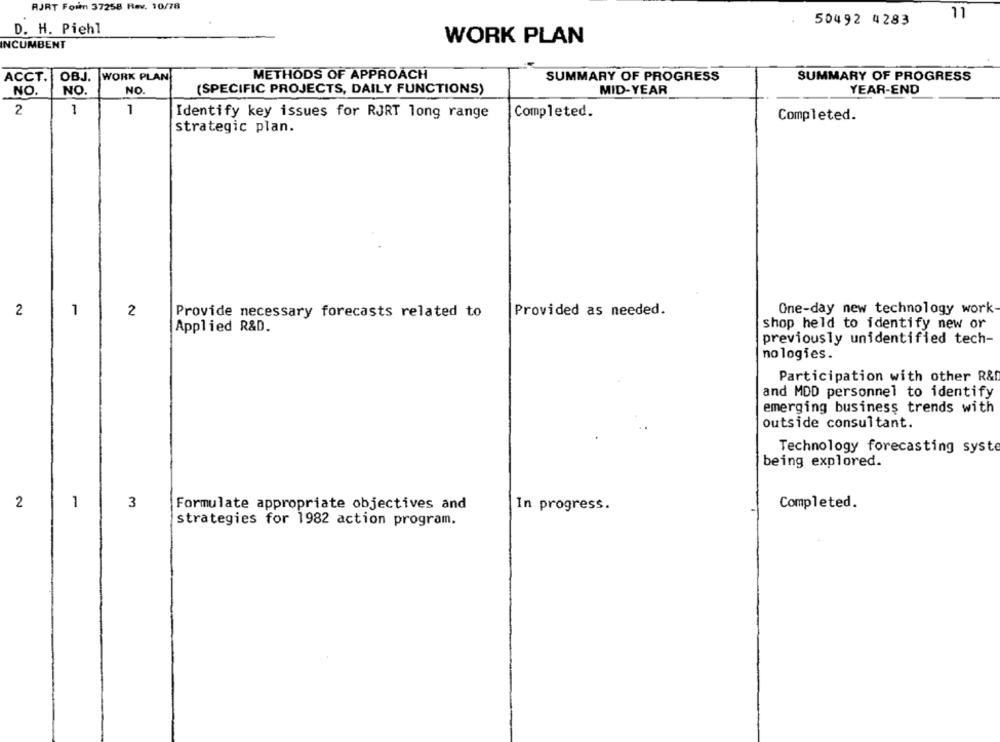
RJRT Foin 37258 Rav. 10/78
11
50492 4283
D. H. Piehl
INCUMBENT
WORK PLAN
ACCT.
OBJ.
WORK PLAN
METHODS OF APPROACH
SUMMARY OF PROGRESS
SUMMARY OF PROGRESS
NO.
(SPECIFIC PROJECTS, DAILY FUNCTIONS)
MID-YEAR
YEAR-END
NO.
NO.
2
1
1
Identify key issues for RJRT long range
Completed.
Completed.
strategic plan.
2
1
2
Provided as needed.
One-day new technology work
Provide necessary forecasts related to
shop held to identify new or
Applied R&D.
previously unidentified tech-
no logies.
Participation with other R&D
and MDD personnel to identify
emerging business trends with
outside consultant.
Technology forecasting syste
being explored.
2
1
3
Completed.
Formulate appropriate objectives and
In progress.
strategies for 1982 action program.